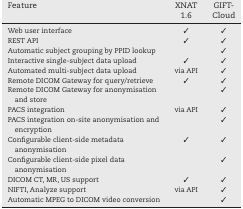
<table><thead><tr><td><b>Feature</b></td><td><b>XNAT 1.6</b></td><td><b>GIFT-Cloud</b></td></tr></thead><tbody><tr><td>Web user interface</td><td>✓</td><td>✓</td></tr><tr><td>REST API</td><td>✓</td><td>✓</td></tr><tr><td>Automatic subject grouping by PPID lookup</td><td></td><td>✓</td></tr><tr><td>Interactive single-subject data upload</td><td>✓</td><td>✓</td></tr><tr><td>Automated multi-subject data upload</td><td>via API</td><td>✓</td></tr><tr><td>Remote DICOM Gateway for query/retrieve</td><td>✓</td><td>✓</td></tr><tr><td>Remote DICOM Gateway for anonymisation and store</td><td></td><td>✓</td></tr><tr><td>PACS integration</td><td>via API</td><td>✓</td></tr><tr><td>PACS integration on-site anonymisation and encryption</td><td></td><td>✓</td></tr><tr><td>Configurable client-side metadata anonymisation</td><td>✓</td><td>✓</td></tr><tr><td>Configurable client-side pixel data anonymisation</td><td></td><td>✓</td></tr><tr><td>DICOM CT, MR, US support</td><td>✓</td><td>✓</td></tr><tr><td>NIFTI, Analyze support</td><td>via API</td><td>✓</td></tr><tr><td>Automatic MPEG to DICOM video conversion</td><td></td><td>✓</td></tr></tbody></table>